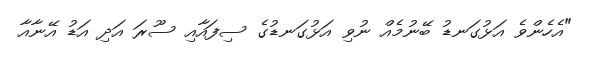
"އެހެންވެ އަޅުގަނޑު ބޭނުމެއް ނުވި އަޅުގަނޑުގެ ސިފައާއި ސޫރަ އަދި އަޑު އޭނާއާ